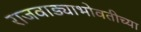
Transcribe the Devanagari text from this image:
राजवाड्याभोवतीच्या